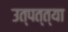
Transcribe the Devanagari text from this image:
उत्पत्त्या